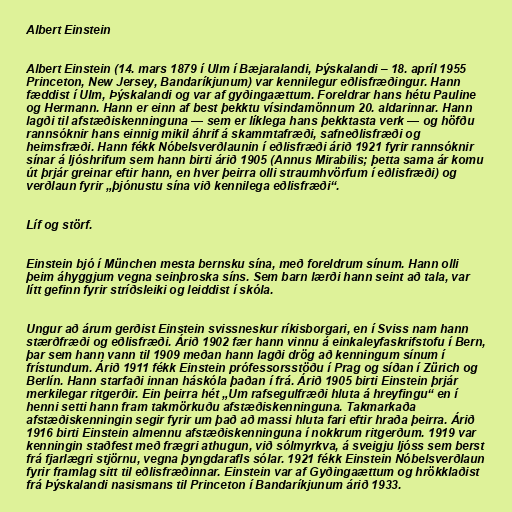
Albert Einstein

Albert Einstein (14. mars 1879 í Ulm í Bæjaralandi, Þýskalandi – 18. apríl 1955
Princeton, New Jersey, Bandaríkjunum) var kennilegur eðlisfræðingur. Hann
fæddist í Ulm, Þýskalandi og var af gyðingaættum. Foreldrar hans hétu Pauline
og Hermann. Hann er einn af best þekktu vísindamönnum 20. aldarinnar. Hann
lagði til afstæðiskenninguna — sem er líklega hans þekktasta verk — og höfðu
rannsóknir hans einnig mikil áhrif á skammtafræði, safneðlisfræði og
heimsfræði. Hann fékk Nóbelsverðlaunin í eðlisfræði árið 1921 fyrir rannsóknir
sínar á ljóshrifum sem hann birti árið 1905 (Annus Mirabilis; þetta sama ár komu
út þrjár greinar eftir hann, en hver þeirra olli straumhvörfum í eðlisfræði) og
verðlaun fyrir „þjónustu sína við kennilega eðlisfræði“.

Líf og störf.

Einstein bjó í München mesta bernsku sína, með foreldrum sínum. Hann olli
þeim áhyggjum vegna seinþroska síns. Sem barn lærði hann seint að tala, var
lítt gefinn fyrir stríðsleiki og leiddist í skóla.

Ungur að árum gerðist Einstein svissneskur ríkisborgari, en í Sviss nam hann
stærðfræði og eðlisfræði. Árið 1902 fær hann vinnu á einkaleyfaskrifstofu í Bern,
þar sem hann vann til 1909 meðan hann lagði drög að kenningum sínum í
frístundum. Árið 1911 fékk Einstein prófessorsstöðu í Prag og síðan í Zürich og
Berlín. Hann starfaði innan háskóla þaðan í frá. Árið 1905 birti Einstein þrjár
merkilegar ritgerðir. Ein þeirra hét „Um rafsegulfræði hluta á hreyfingu“ en í
henni setti hann fram takmörkuðu afstæðiskenninguna. Takmarkaða
afstæðiskenningin segir fyrir um það að massi hluta fari eftir hraða þeirra. Árið
1916 birti Einstein almennu afstæðiskenninguna í nokkrum ritgerðum. 1919 var
kenningin staðfest með frægri athugun, við sólmyrkva, á sveigju ljóss sem berst
frá fjarlægri stjörnu, vegna þyngdarafls sólar. 1921 fékk Einstein Nóbelsverðlaun
fyrir framlag sitt til eðlisfræðinnar. Einstein var af Gyðingaættum og hrökklaðist
frá Þýskalandi nasismans til Princeton í Bandaríkjunum árið 1933.